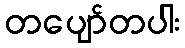
တပျော်တပါး